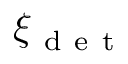
\xi _ { \mathrm { ~ d ~ e ~ t ~ } }